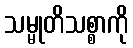
သမ္မုတိသစ္စာကို